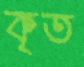
কৃত